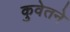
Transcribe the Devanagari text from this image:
कुवेतने